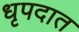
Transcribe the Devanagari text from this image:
धृपदात